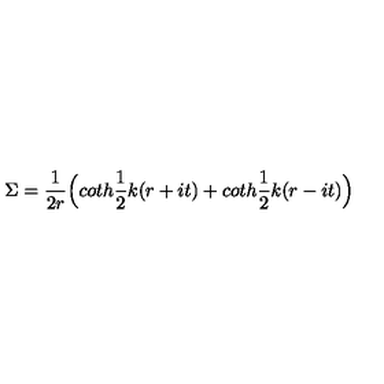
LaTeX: \Sigma = \frac { 1 } { 2 r } \Bigl ( c o t h \frac { 1 } { 2 } k ( r + i t ) + c o t h \frac { 1 } { 2 } k ( r - i t ) \Bigr )